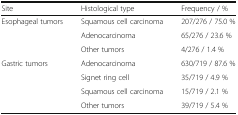
<table><thead><tr><td><b>Site</b></td><td><b>Histological type</b></td><td><b>Frequency / %</b></td></tr></thead><tbody><tr><td rowspan="3">Esophageal tumors</td><td>Squamous cell carcinoma</td><td>207/276 / 75.0 %</td></tr><tr><td>Adenocarcinoma</td><td>65/276 / 23.6 %</td></tr><tr><td>Other tumors</td><td>4/276 / 1.4 %</td></tr><tr><td rowspan="4">Gastric tumors</td><td>Adenocarcinoma</td><td>630/719 / 87.6 %</td></tr><tr><td>Signet ring cell</td><td>35/719 / 4.9 %</td></tr><tr><td>Squamous cell carcinoma</td><td>15/719 / 2.1 %</td></tr><tr><td>Other tumors</td><td>39/719 / 5.4 %</td></tr></tbody></table>